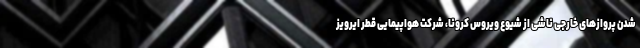
شدن پروازهای خارجی ناشی از شیوع ویروس کرونا، شرکت هواپیمایی قطر ایرویز